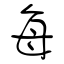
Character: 每